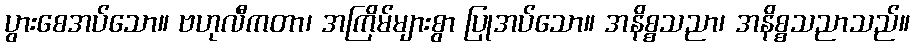
ပွားစေအပ်သော။ ဗဟုလီကတာ၊ အကြိမ်များစွာ ပြုအပ်သော။ အနိစ္စသညာ၊ အနိစ္စသညာသည်။